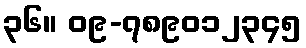
၃၆။ ၀၉-၇၈၉၀၁၂၃၄၅